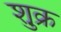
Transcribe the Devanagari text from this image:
शु़क्र